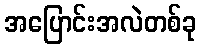
အပြောင်းအလဲတစ်ခု